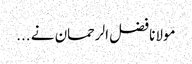
مولانا فضل الرحمان نے ...